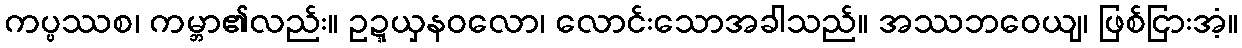
ကပ္ပဿစ၊ ကမ္ဘာ၏လည်း။ ဥဍ္ဍယှနဝလော၊ လောင်းသောအခါသည်။ အဿဘဝေယျ၊ ဖြစ်ငြားအံ့။